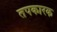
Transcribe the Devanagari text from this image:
तपकारक